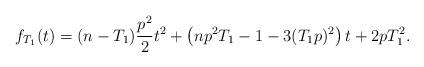
LaTeX: \begin{align*}f_{T_1}(t)= (n-T_1)\frac{p^2}{2}t^2+ \left( np^2 T_1-1- 3 (T_1 p)^2 \right)t + 2pT_1^2 . \end{align*}